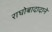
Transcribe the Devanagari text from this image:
राघोबादादाने